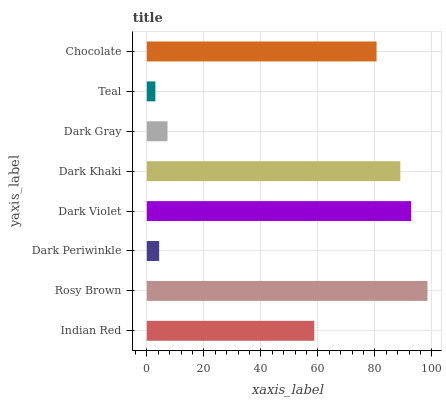
| yaxis_label | bars |
 | --- | --- |
 | Indian Red | 58.7 |
 | Rosy Brown | 98.4 |
 | Dark Periwinkle | 4.34 |
 | Dark Violet | 92.7 |
 | Dark Khaki | 88.9 |
 | Dark Gray | 7.26 |
 | Teal | 3 |
 | Chocolate | 80.6 |